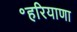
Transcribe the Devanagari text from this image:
॰हरियाणा